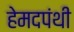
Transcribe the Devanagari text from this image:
हेमदपंथी